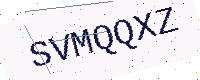
Text: SVMQQXZ